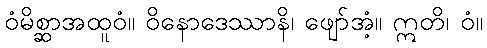
ဝံမိစ္ဆာအထူဝံ။ ဝိနောဒေဿာနိ၊ ဖျော်အံ့။ ဣတိ၊ ဝံ။